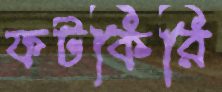
ফটকিরি